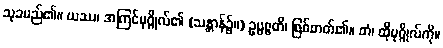
သုခမည်၏။ ယဿ၊ အကြင်ပုဂ္ဂိုလ်၏ (သန္တာန်၌။) ဥပ္ပဇ္ဇတိ၊ ဖြစ်တတ်၏။ တံ၊ ထိုပုဂ္ဂိုလ်ကို။